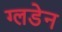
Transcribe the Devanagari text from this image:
ग्लडेन